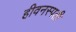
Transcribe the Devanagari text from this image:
हीवनस्पती